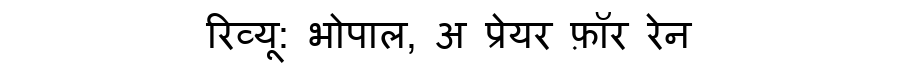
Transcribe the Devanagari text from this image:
रिव्यू: भोपाल, अ प्रेयर फ़ॉर रेन